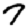
Digit: 7